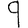
Digit: 9